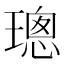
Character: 璁